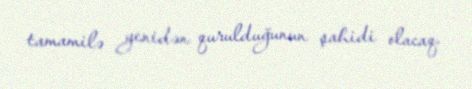
tamamilə yenidən qurulduğunun şahidi olacaq.